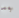
بعد